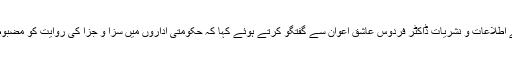
وزیراعظم عمران خان کی معاون خصوصی برائے اطلاعات و نشریات ڈاکٹر فردوس عاشق اعوان سے گفتگو کرتے ہوئے کہا کہ حکومتی اداروں میں سزا و جزا کی روایت کو مضبوط کرنا حکومتی اصلاحاتی ایجنڈے کا اہم جزو ہے۔